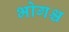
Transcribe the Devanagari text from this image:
भोगश्च